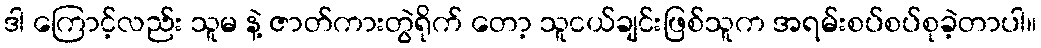
ဒါ ကြောင့်လည်း သူမ နဲ့ ဇာတ်ကားတွဲရိုက် တော့ သူငယ်ချင်းဖြစ်သူက အရမ်းစပ်စပ်စုခဲ့တာပါ။